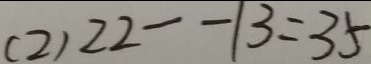
( 2 ) 2 2 - - 1 3 = 3 5